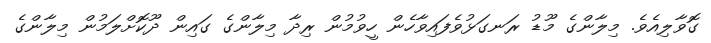
ގޮވާލިއެވެ. މިލާންގެ މޫޑު ރަނގަޅުވެފައިވާހެން ހީވުމުން ރިދާ މިލާންގެ ގައިން ދޫކޮށްލަމުން މިލާންގެ